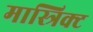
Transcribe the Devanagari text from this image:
मास्त्रिक्ट